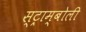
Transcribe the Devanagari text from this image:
स्ट्राम्बोली